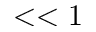
< < 1